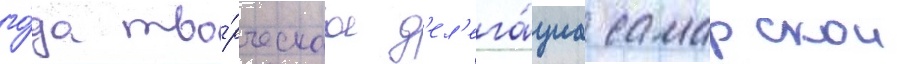
го́да тво́рческаа д'ел'ега́циа самарскои